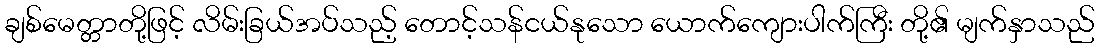
ချစ်မေတ္တာတို့ဖြင့် လိမ်းခြယ်အပ်သည့် တောင့်သန်ငယ်နုသော ယောက်ကျေားပါက်ကြီး တို့၏ မျက်နှာသည်